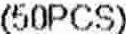
(50PCS)